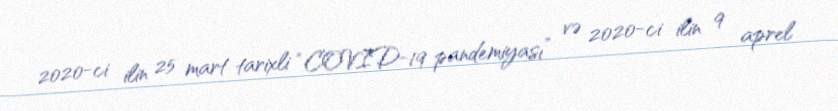
2020-ci ilin 25 mart tarixli “COVID-19 pandemiyası” və 2020-ci ilin 9 aprel